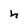
Character: h